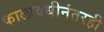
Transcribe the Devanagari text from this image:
कालावधीनंतरही